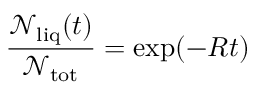
\frac { \mathcal { N } _ { \mathrm { l i q } } ( t ) } { \mathcal { N } _ { \mathrm { t o t } } } = \exp ( - R t )